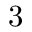
3